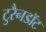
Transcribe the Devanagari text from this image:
टुरैनडॉट